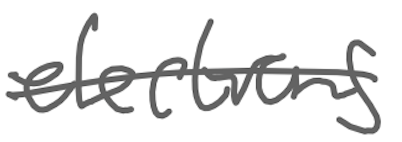
Text: elections
Cross-out: single-line
Writing tool: digital_gray